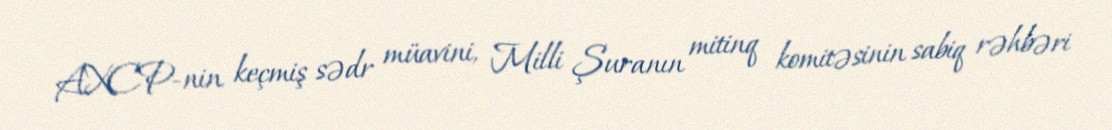
AXCP-nin keçmiş sədr müavini, Milli Şuranın mitinq komitəsinin sabiq rəhbəri